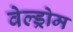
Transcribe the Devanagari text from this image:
वेल्ड्रोम